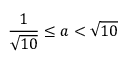
{ \frac { 1 } { \sqrt { 1 0 } } } \leq a < { \sqrt { 1 0 } }